Civil Veterinary Dept. Assam report 1927-50 - 1927-1950
Year: 1927
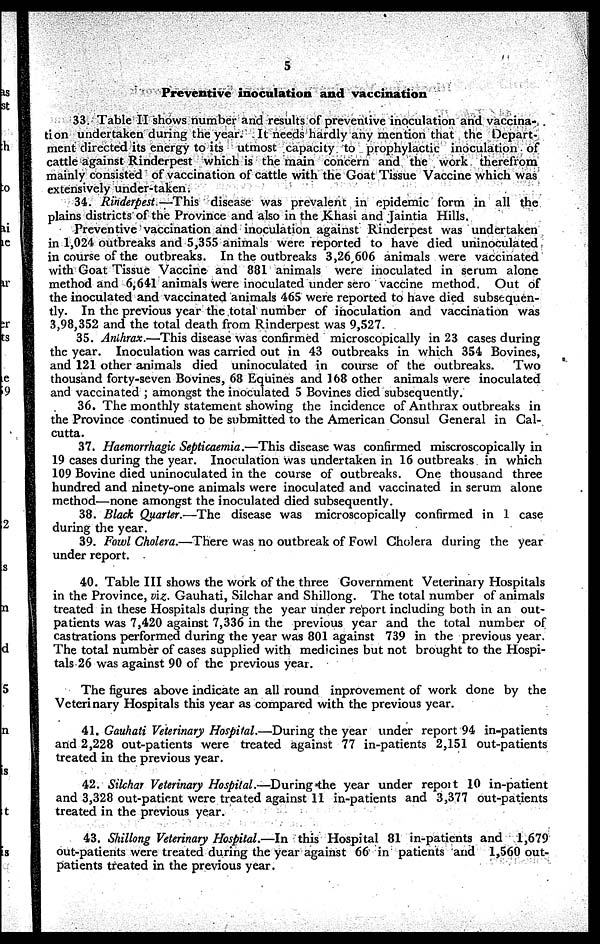
5
Preventive inoculation and vaccination
33. Table II shows number and results of preventive inoculation and vaccina-
tion undertaken during the year. It needs hardly any mention that the Depart-
ment directed its energy to its utmost capacity to prophylactic inoculation of
cattle against Rinderpest which is the main concern and the work therefrom
mainly consisted of vaccination of cattle with the Goat Tissue Vaccine which was
extensively under-taken.
34. Rinderpest— This disease was prevalent in epidemic form in all the
plains districts of the Province and also in the Khasi and Jaintia Hills.
Preventive vaccination and inoculation against Rinderpest was undertaken
in 1,024 outbreaks and 5,355 animals were reported to have died uninoculated
in course of the outbreaks. In the outbreaks 3,26 606 animals were vaccinated
with Goat Tissue Vaccine and 881 animals were inoculated in serum alone
method and 6,641 animals were inoculated under sero vaccine method. Out of
the inoculated and vaccinated animals 465 were reported to have died subsequen-
tly. In the previous year the total number of inoculation and vaccination was
3,98,352 and the total death from Rinderpest was 9,527.
35. Anthrax.—This disease was confirmed microscopically in 23 cases during
the year. Inoculation was carried out in 43 outbreaks in which 354 Bovines,
and 121 other animals died uninoculated in course of the outbreaks.
Two
thousand forty-seven Bovines, 68 Equines and 168 other animals were inoculated
and vaccinated ; amongst the inoculated 5 Bovines died subsequently.
36. The monthly statement showing the incidence of Anthrax outbreaks in
the Province continued to be submitted to the American Consul General in Cal-
cutta.
37. Haemorrhagic Septicaemia.—This disease was confirmed miscroscopically in
19 cases during the year. Inoculation was undertaken in 16 outbreaks in which
109 Bovine died uninoculated in the course of outbreaks. One thousand three
hundred and ninety-one animals were inoculated and vaccinated in serum alone
method—none amongst the inoculated died subsequently.
38. Black Quarter.—The disease was microscopically confirmed in 1 case
during the year.
39. Fowl Cholera.—There was no outbreak of Fowl Cholera during the year
under report.
40. Table III shows the work of the three Government Veterinary Hospitals
in the Province, viz. Gauhati, Silchar and Shillong. The total number of animals
treated in these Hospitals during the year under report including both in an out-
patients was 7,420 against 7,336 in the previous year and the total number of
castrations performed during the year was 801 against 739 in the previous year.
The total number of cases supplied with medicines but not brought to the Hospi-
tals 26 was against 90 of the previous year.
The figures above indicate an all round inprovement of work done by the
Veterinary Hospitals this year as compared with the previous year.
41. Gauhati Veterinary Hospital.—During the year under report 94 in-patients
and 2,228 out-patients were treated against 77 in-patients 2,151 out-patients
treated in the previous year.
42. Silchar Veterinary Hospital.—During the year under report 10 in-patient
and 3,328 out-patient were treated against 11 in-patients and 3,377 out-patients
treated in the previous year.
43. Shillong Veterinary Hospital.—In this Hospital 81 in-patients and 1,679
out-patients were treated during the year against 66 in patients and 1,560 out-
patients treated in the previous year.